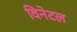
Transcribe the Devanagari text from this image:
विनेटल